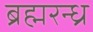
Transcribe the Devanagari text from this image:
ब्रह्मरन्ध्र